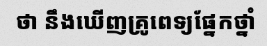
ថា នឹងឃើញគ្រូពេទ្យផ្នែកថ្នាំ